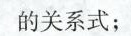
的关系式；